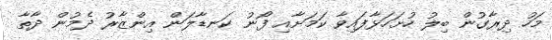
މަހު ދިރާގުން ބިލު ހުށަހަޅާފައިވާ ކަމަށާއި ފޯނު ކަނޑާލަން އިންޒާރު ދެމުން ދާތާ